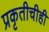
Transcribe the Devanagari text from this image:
प्रकृतीचीही